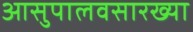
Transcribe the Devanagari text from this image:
आसुपालवसारख्या